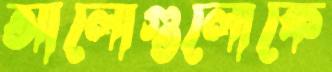
আলোগুলোকে